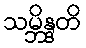
သမ္ဘိန္ဒတိ